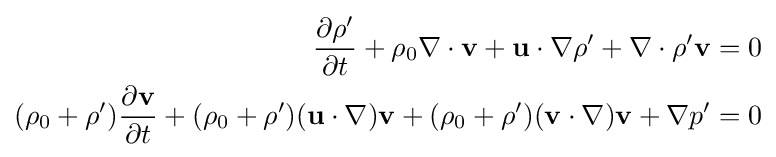
{\begin{aligned}{\frac {\partial \rho '}{\partial t}}+\rho _{0}\nabla \cdot \mathbf {v} +\mathbf {u} \cdot \nabla \rho '+\nabla \cdot \rho '\mathbf {v} &=0\\(\rho _{0}+\rho '){\frac {\partial \mathbf {v} }{\partial t}}+(\rho _{0}+\rho ')(\mathbf {u} \cdot \nabla )\mathbf {v} +(\rho _{0}+\rho ')(\mathbf {v} \cdot \nabla )\mathbf {v} +\nabla p'&=0\end{aligned}}